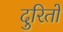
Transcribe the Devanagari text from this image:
दुरितों